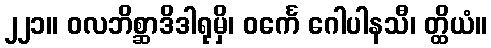
၂၂၁။ ဝလဘိစ္ဆာဒိဒါရုမှိ၊ ဝင်္ကေ ဂေါပါနသီ၊ တ္ထိယံ။